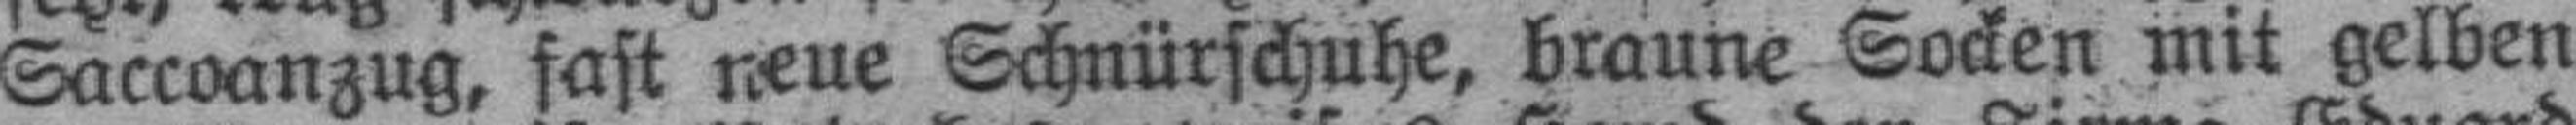
Saccoanzug, fast neue Schnürschuhe, braune Socken mit gelben